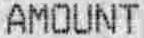
AMOUNT